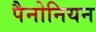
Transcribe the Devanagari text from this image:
पैनोनियन